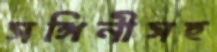
সঙ্গিনীসহ